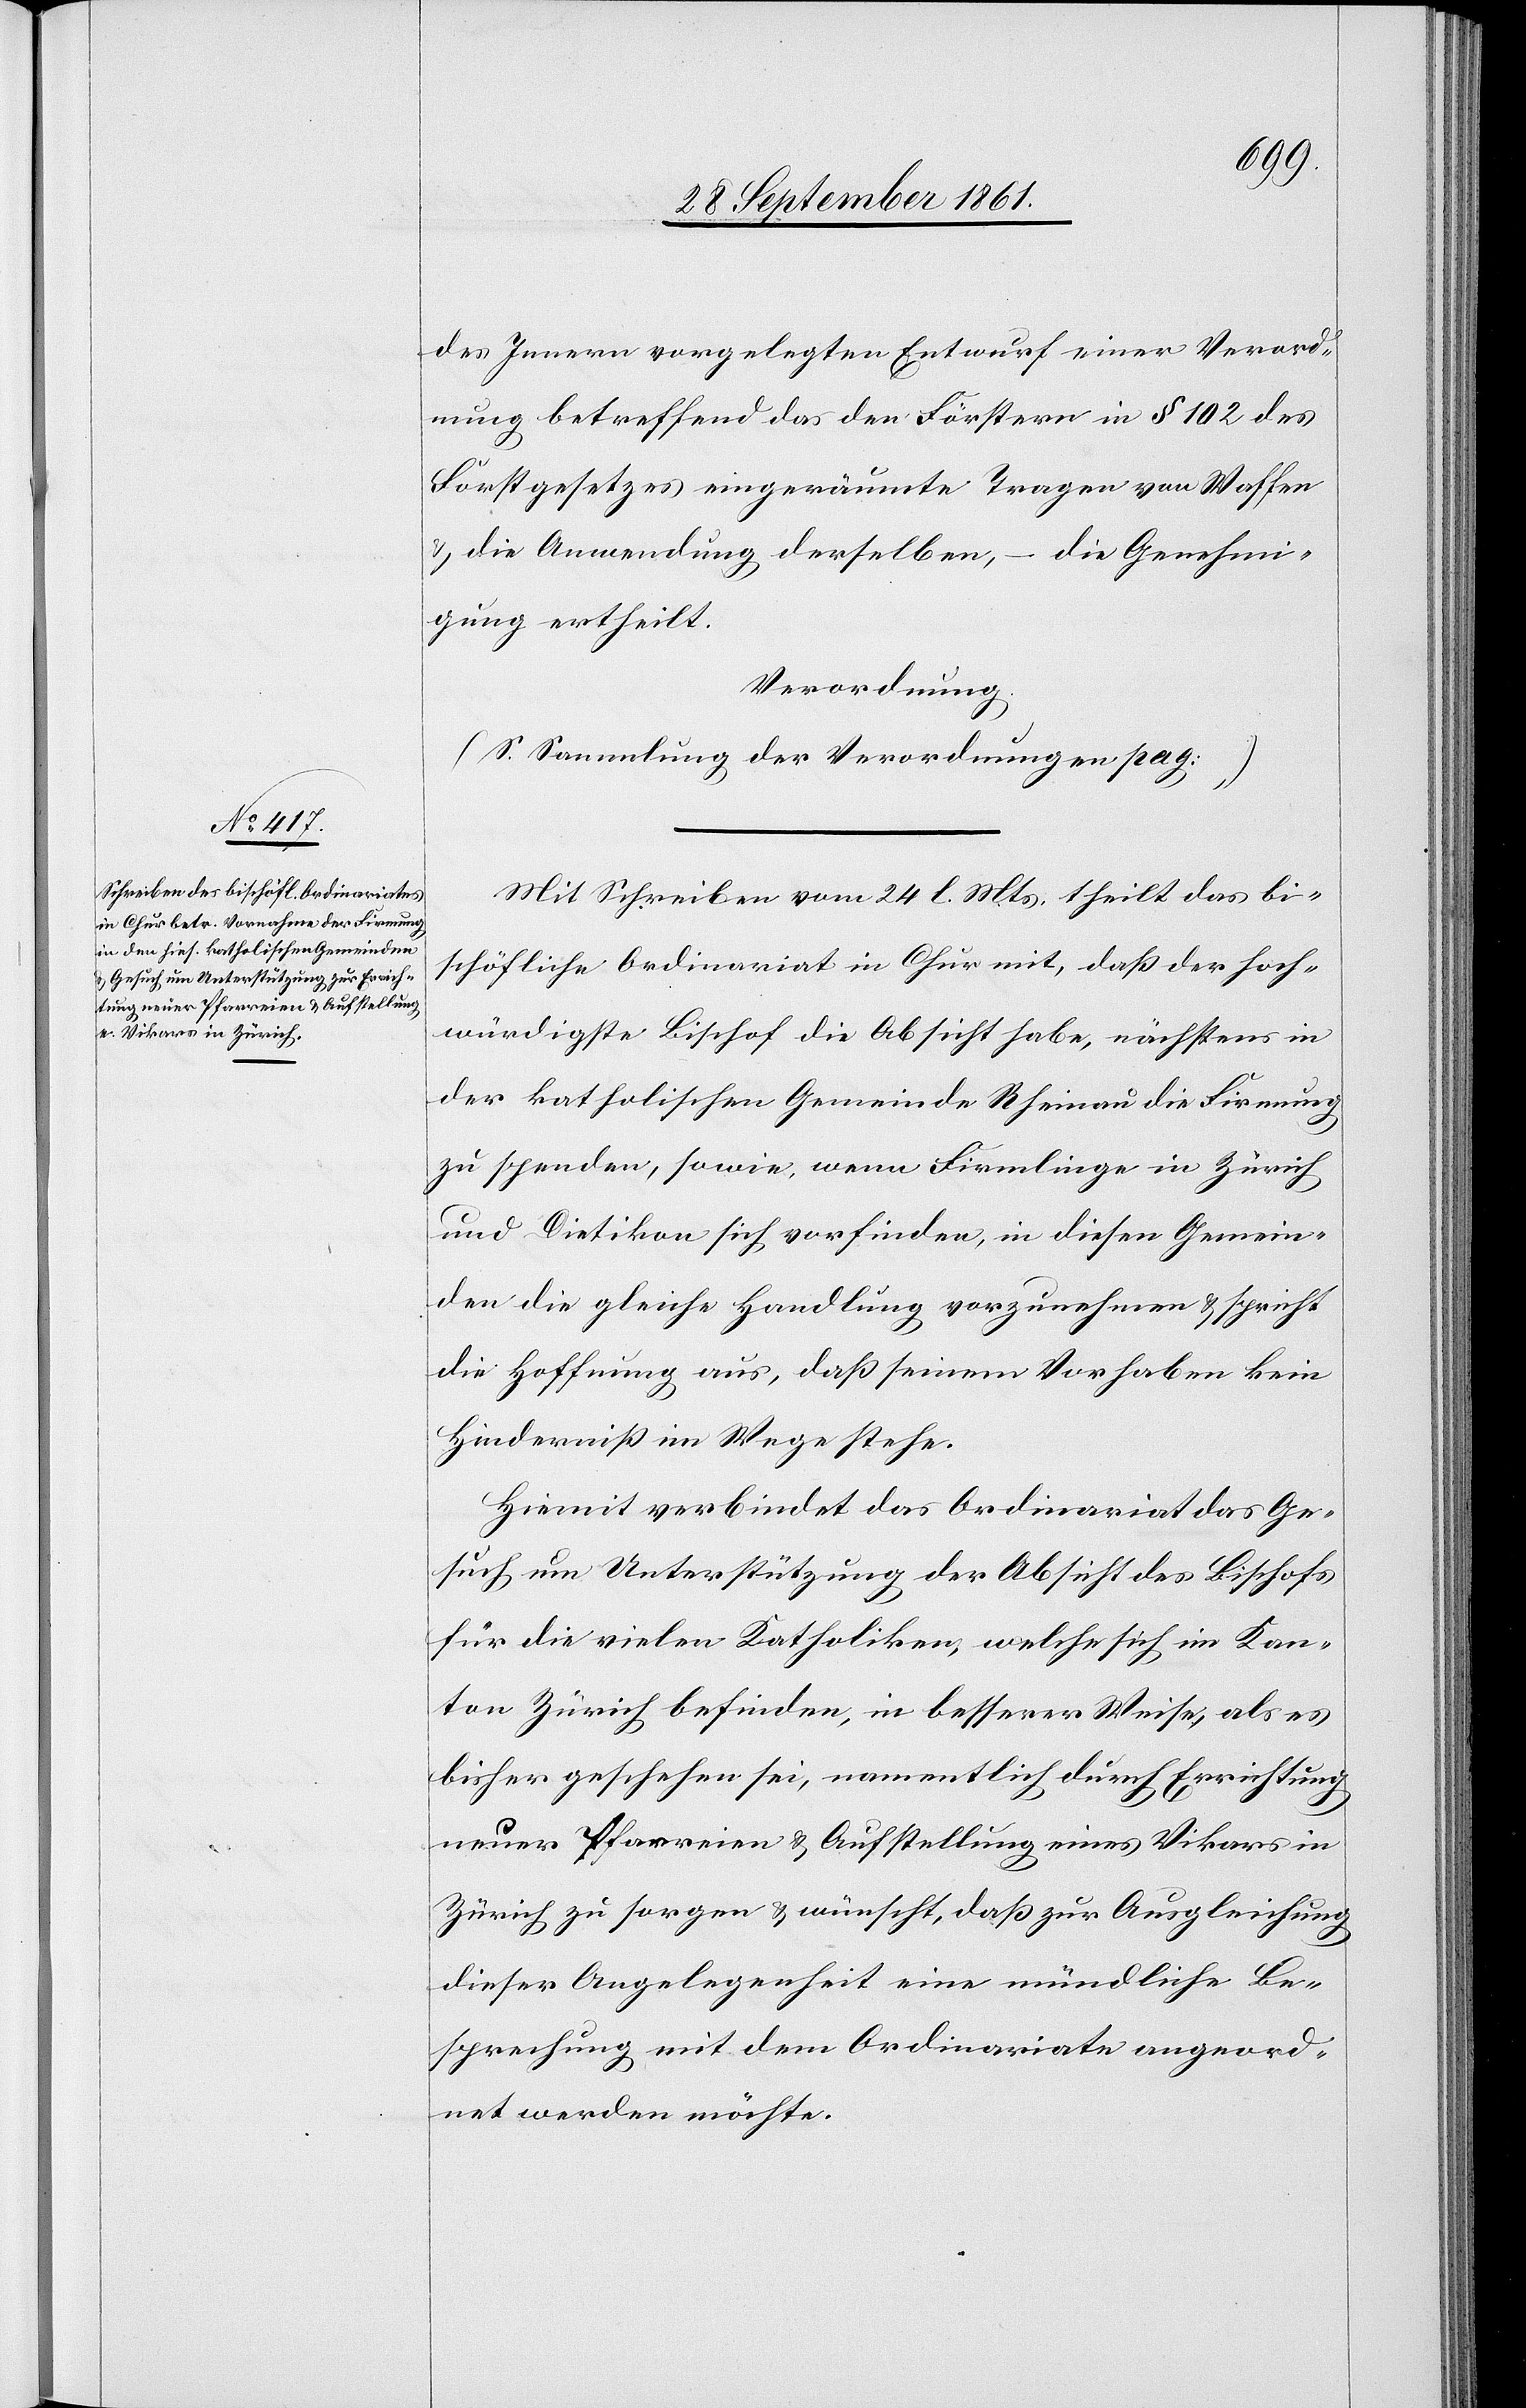
des Innern vorgelegten Entwurf einer Verord¬
nung betreffend das den Förstern in § 102 de
Forstgesetzes eingeräumte Tragen von Waffen
u. die Anwendung derselben, – die Genehmi¬
gung ertheilt.
Verordnung.
(S. Sammlung der Verordnungen pag: …)
Mit Schreiben vom 24. l. Mts. theilt das bi¬
schöfliche Ordinariat in Chur mit, daß der Hoch¬
würdige Bischof die Absicht habe, nächstens in
der katholischen Gemeinde Rheinau die Firmung
zu spenden, sowie, wenn Firmlinge in Zürich
und Dietikon sich vorfinden, in diesen Gemein¬
den die gleiche Handlung vorzunehmen u. spricht
die Hoffnung aus, daß seinem Vorhaben kein
Hinderniß im Wege stehe.
Hiemit verbindet das Ordinariat das Ge¬
such um Unterstützung der Absicht des Bischofs
für die vielen Katholiken, welche sich im Kan¬
ton Zürich befinden, in besserer Weise, als es
bisher geschehen sei, namentlich durch Errichtung
neuer Pfarreien u. Aufstellung eines Vikars in
Zürich zu sorgen u. wünscht, daß zur Ausgleichung
dieser Angelegenheit eine mündliche Be¬
sprechung mit dem Ordinariate angewend¬
et werden möchte.